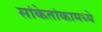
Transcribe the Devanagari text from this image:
सांकेतांकामध्ये